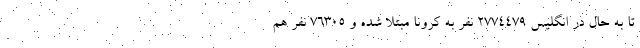
تا به حال در انگلیس 2774479 نفر به کرونا مبتلا شده و 76305 نفر هم